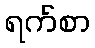
ရက်စာ